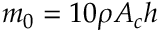
m _ { 0 } = 1 0 \rho A _ { c } h